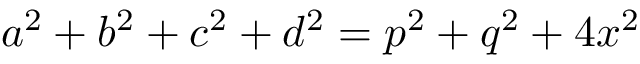
a ^ { 2 } + b ^ { 2 } + c ^ { 2 } + d ^ { 2 } = p ^ { 2 } + q ^ { 2 } + 4 x ^ { 2 }